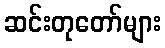
ဆင်းတုတော်များ